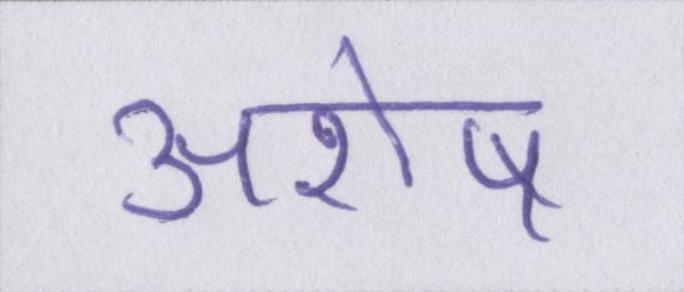
अशेष